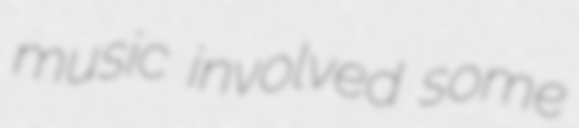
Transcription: music involved some